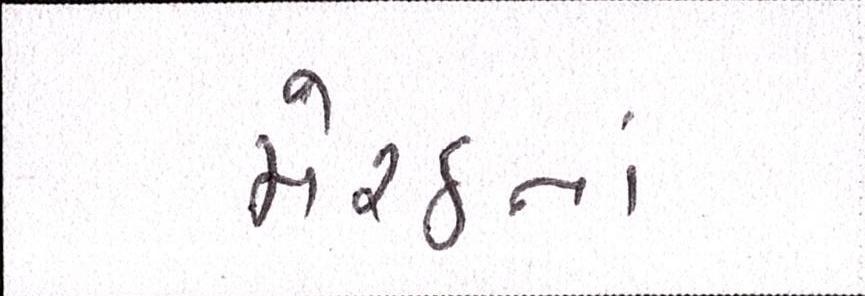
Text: મેરઠનાં